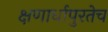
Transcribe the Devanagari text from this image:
क्षणार्धापुरतेच